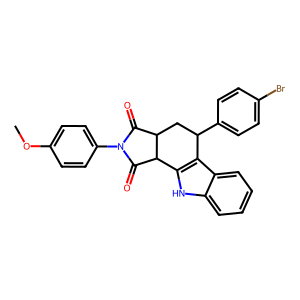
SMILES: COc1ccc(N2C(=O)C3CC(c4ccc(Br)cc4)c4c([nH]c5ccccc45)C3C2=O)cc1
Inhibits HIV replication: No